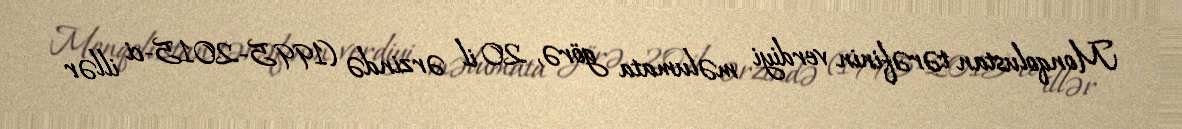
Monqolustan tərəfinin verdiyi məlumata görə, 20 il ərzində (1995-2015-ci illər